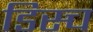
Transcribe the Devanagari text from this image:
डिस्च